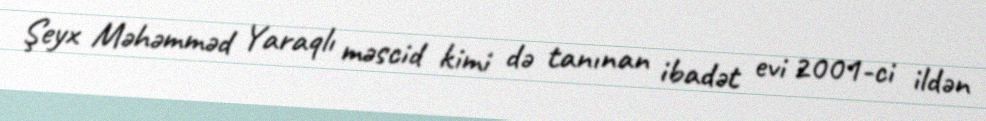
Şeyx Məhəmməd Yaraqlı məscid kimi də tanınan ibadət evi 2001-ci ildən